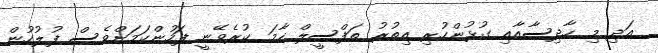
އަދި މި ހާދިސާއާއި ގުޅުންހުރި އިތުރު ތަފްސީލް ހާމަ ކުރެވޭނީ ފަހުންކަމަށްވެސް ފުލުހުން